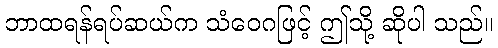
ဘာထရန်ရပ်ဆယ်က သံဝေဂဖြင့် ဤသို့ ဆိုပါ သည်။